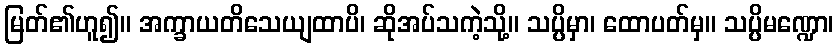
မြတ်၏ဟူ၍။ အက္ခာယတိသေယျထာပိ၊ ဆိုအပ်သကဲ့သို့။ သပ္ပိမှာ၊ ထောပတ်မှ။ သပ္ပိမဏ္ဍော၊